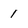
Character: 1